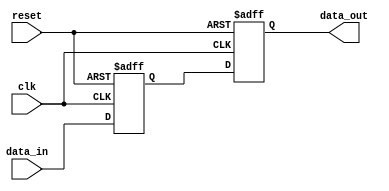
module sequential_logic_block(
    input wire clk,
    input wire reset,
    input wire data_in,
    output reg data_out
);

reg d_ff_input;

// Transparent latch
always @(posedge clk or posedge reset) begin
    if (reset) begin
        d_ff_input <= 1'b0;
    end else begin
        d_ff_input <= data_in;
    end
end

// D flip-flop
always @(posedge clk or posedge reset) begin
    if (reset) begin
        data_out <= 1'b0;
    end else begin
        data_out <= d_ff_input;
    end
end

endmodule